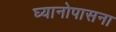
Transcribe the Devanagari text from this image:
घ्यानोपासना